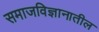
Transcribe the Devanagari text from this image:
समाजविज्ञानातील